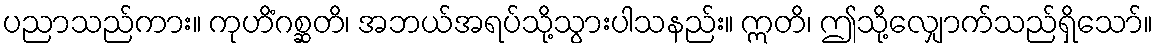
ပညာသည်ကား။ ကုဟိံဂစ္ဆတိ၊ အဘယ်အရပ်သို့သွားပါသနည်း။ ဣတိ၊ ဤသို့လျှောက်သည်ရှိသော်။